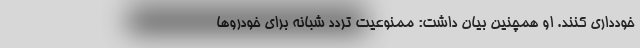
خودداری کنند. او همچنین بیان داشت: ممنوعیت تردد شبانه برای خودروها